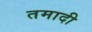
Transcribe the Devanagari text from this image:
तमादी